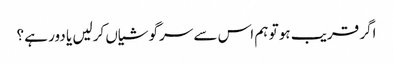
اگر قریب ہو تو ہم اس سے سرگوشیاں کرلیں یا دور ہے ؟